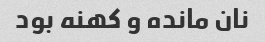
نان مانده و کهنه بود